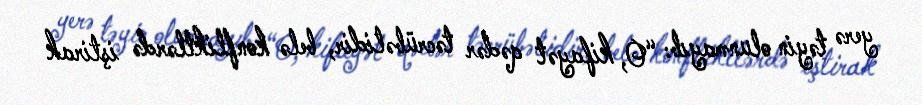
yerə təyin olunmayıb: “O, kifayət qədər təcrübəlidir, belə konfliktlərdə iştirak